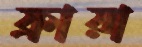
ফ্রায়া